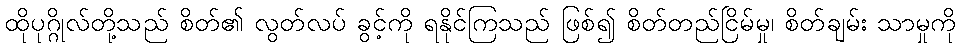
ထိုပုဂ္ဂိုလ်တို့သည် စိတ်၏ လွတ်လပ် ခွင့်ကို ရနိုင်ကြသည် ဖြစ်၍ စိတ်တည်ငြိမ်မှု၊ စိတ်ချမ်း သာမှုကို